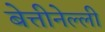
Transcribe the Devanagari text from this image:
बेत्तीनेल्ली